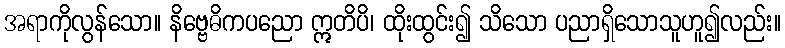
အရာကိုလွန်သော။ နိဗ္ဗေဓိကပညော ဣတိပိ၊ ထိုးထွင်း၍ သိသော ပညာရှိသောသူဟူ၍လည်း။